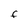
Character: F